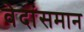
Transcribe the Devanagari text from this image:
वेदांसमान